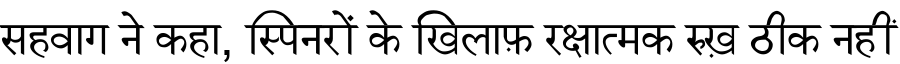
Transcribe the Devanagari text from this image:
सहवाग ने कहा, स्पिनरों के खिलाफ़ रक्षात्मक रुख़ ठीक नहीं